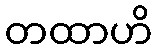
တထာဟိ